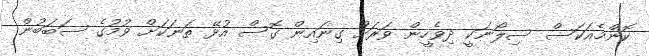
ކޮންމެއަކަސް ސިލޯނަކީ ދިވެހީން ވަރަށް ގިނައިން ގޮސް އުޅޭ ތަނަކަށް ވުމުގެ ސަބަބުން